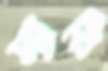
স্যারি